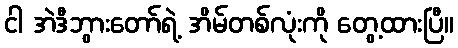
ငါ အဲဒီဘွားတော်ရဲ့ အိမ်တစ်လုံးကို တွေ့ထားပြီ။